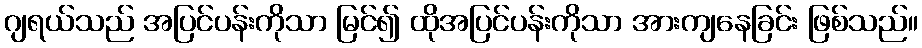
ဂျရယ်သည် အပြင်ပန်းကိုသာ မြင်၍ ထိုအပြင်ပန်းကိုသာ အားကျနေခြင်း ဖြစ်သည်။